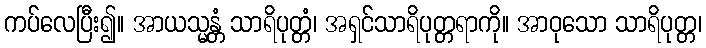
ကပ်လေပြီး၍။ အာယသ္မန္တံ သာရိပုတ္တံ၊ အရှင်သာရိပုတ္တရာကို။ အာဝုသော သာရိပုတ္တ၊